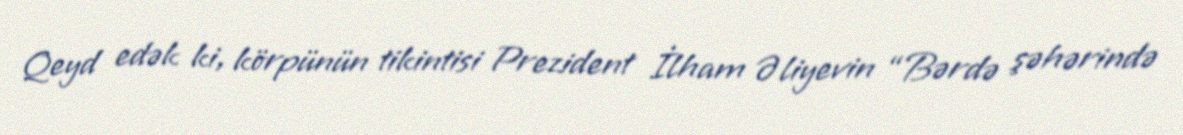
Qeyd edək ki, körpünün tikintisi Prezident İlham Əliyevin “Bərdə şəhərində